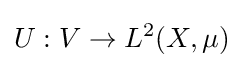
U:V\to L^{2}(X,\mu )